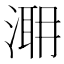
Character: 𣹼